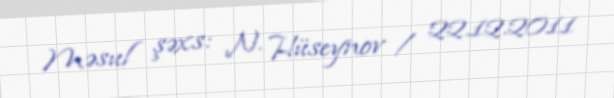
Məsul şəxs: N. Hüseynov / 22.12.2011